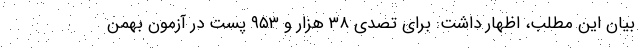
بیان این مطلب، اظهار داشت: برای تصدی ۳۸ هزار و ۹۵۳ پست در آزمون بهمن